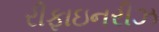
રીફાઇનરીઝ